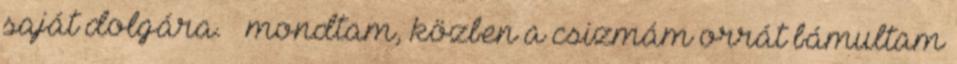
saját dolgára. – mondtam, közben a csizmám orrát bámultam